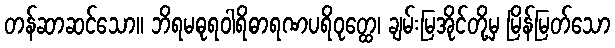
တန်ဆာဆင်သော။ ဘိရမဓုရဝါရိဓာရဏပရိဝုတ္ထေ၊ ချမ်းမြအိုင်တို့မှ မြိန်မြတ်သော